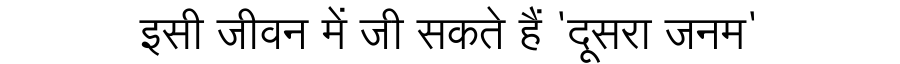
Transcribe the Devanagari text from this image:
इसी जीवन में जी सकते हैं 'दूसरा जनम'